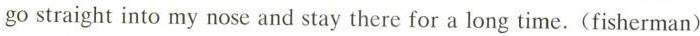
go straight into my nose and stay there for a long time.(fisherman)